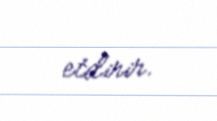
etdirir.